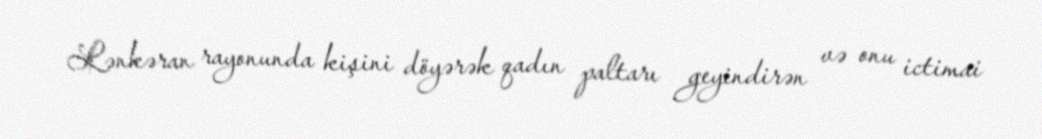
Lənkəran rayonunda kişini döyərək qadın paltarı geyindirən və onu ictimai